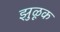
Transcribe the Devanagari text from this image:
झुळूक